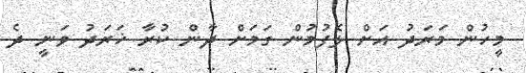
މީހުން މަރަދު އަށް ލެފުމުން ގަމަށް ދާން ކުރާ ޚަރަދު ވަނީ ދެ